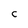
Character: C